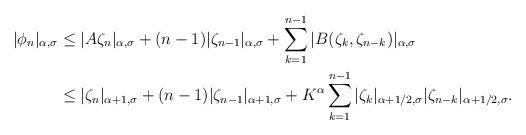
LaTeX: \begin{align*} |\phi_n|_{\alpha,\sigma} &\le |A \zeta_n|_{\alpha,\sigma} +(n-1)|\zeta_{n-1}|_{\alpha,\sigma} + \sum_{k=1}^{n-1}|B(\zeta_k,\zeta_{n-k})|_{\alpha,\sigma}\\ &\le | \zeta_n|_{\alpha+1,\sigma} +(n-1)|\zeta_{n-1}|_{\alpha+1,\sigma} + K^\alpha \sum_{k=1}^{n-1}|\zeta_k|_{\alpha+1/2,\sigma}|\zeta_{n-k}|_{\alpha+1/2,\sigma}.\end{align*}